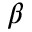
\beta